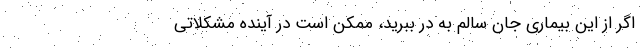
اگر از این بیماری جان سالم به در ببرید، ممکن است در آینده مشکلاتی